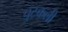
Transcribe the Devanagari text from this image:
पुटकली